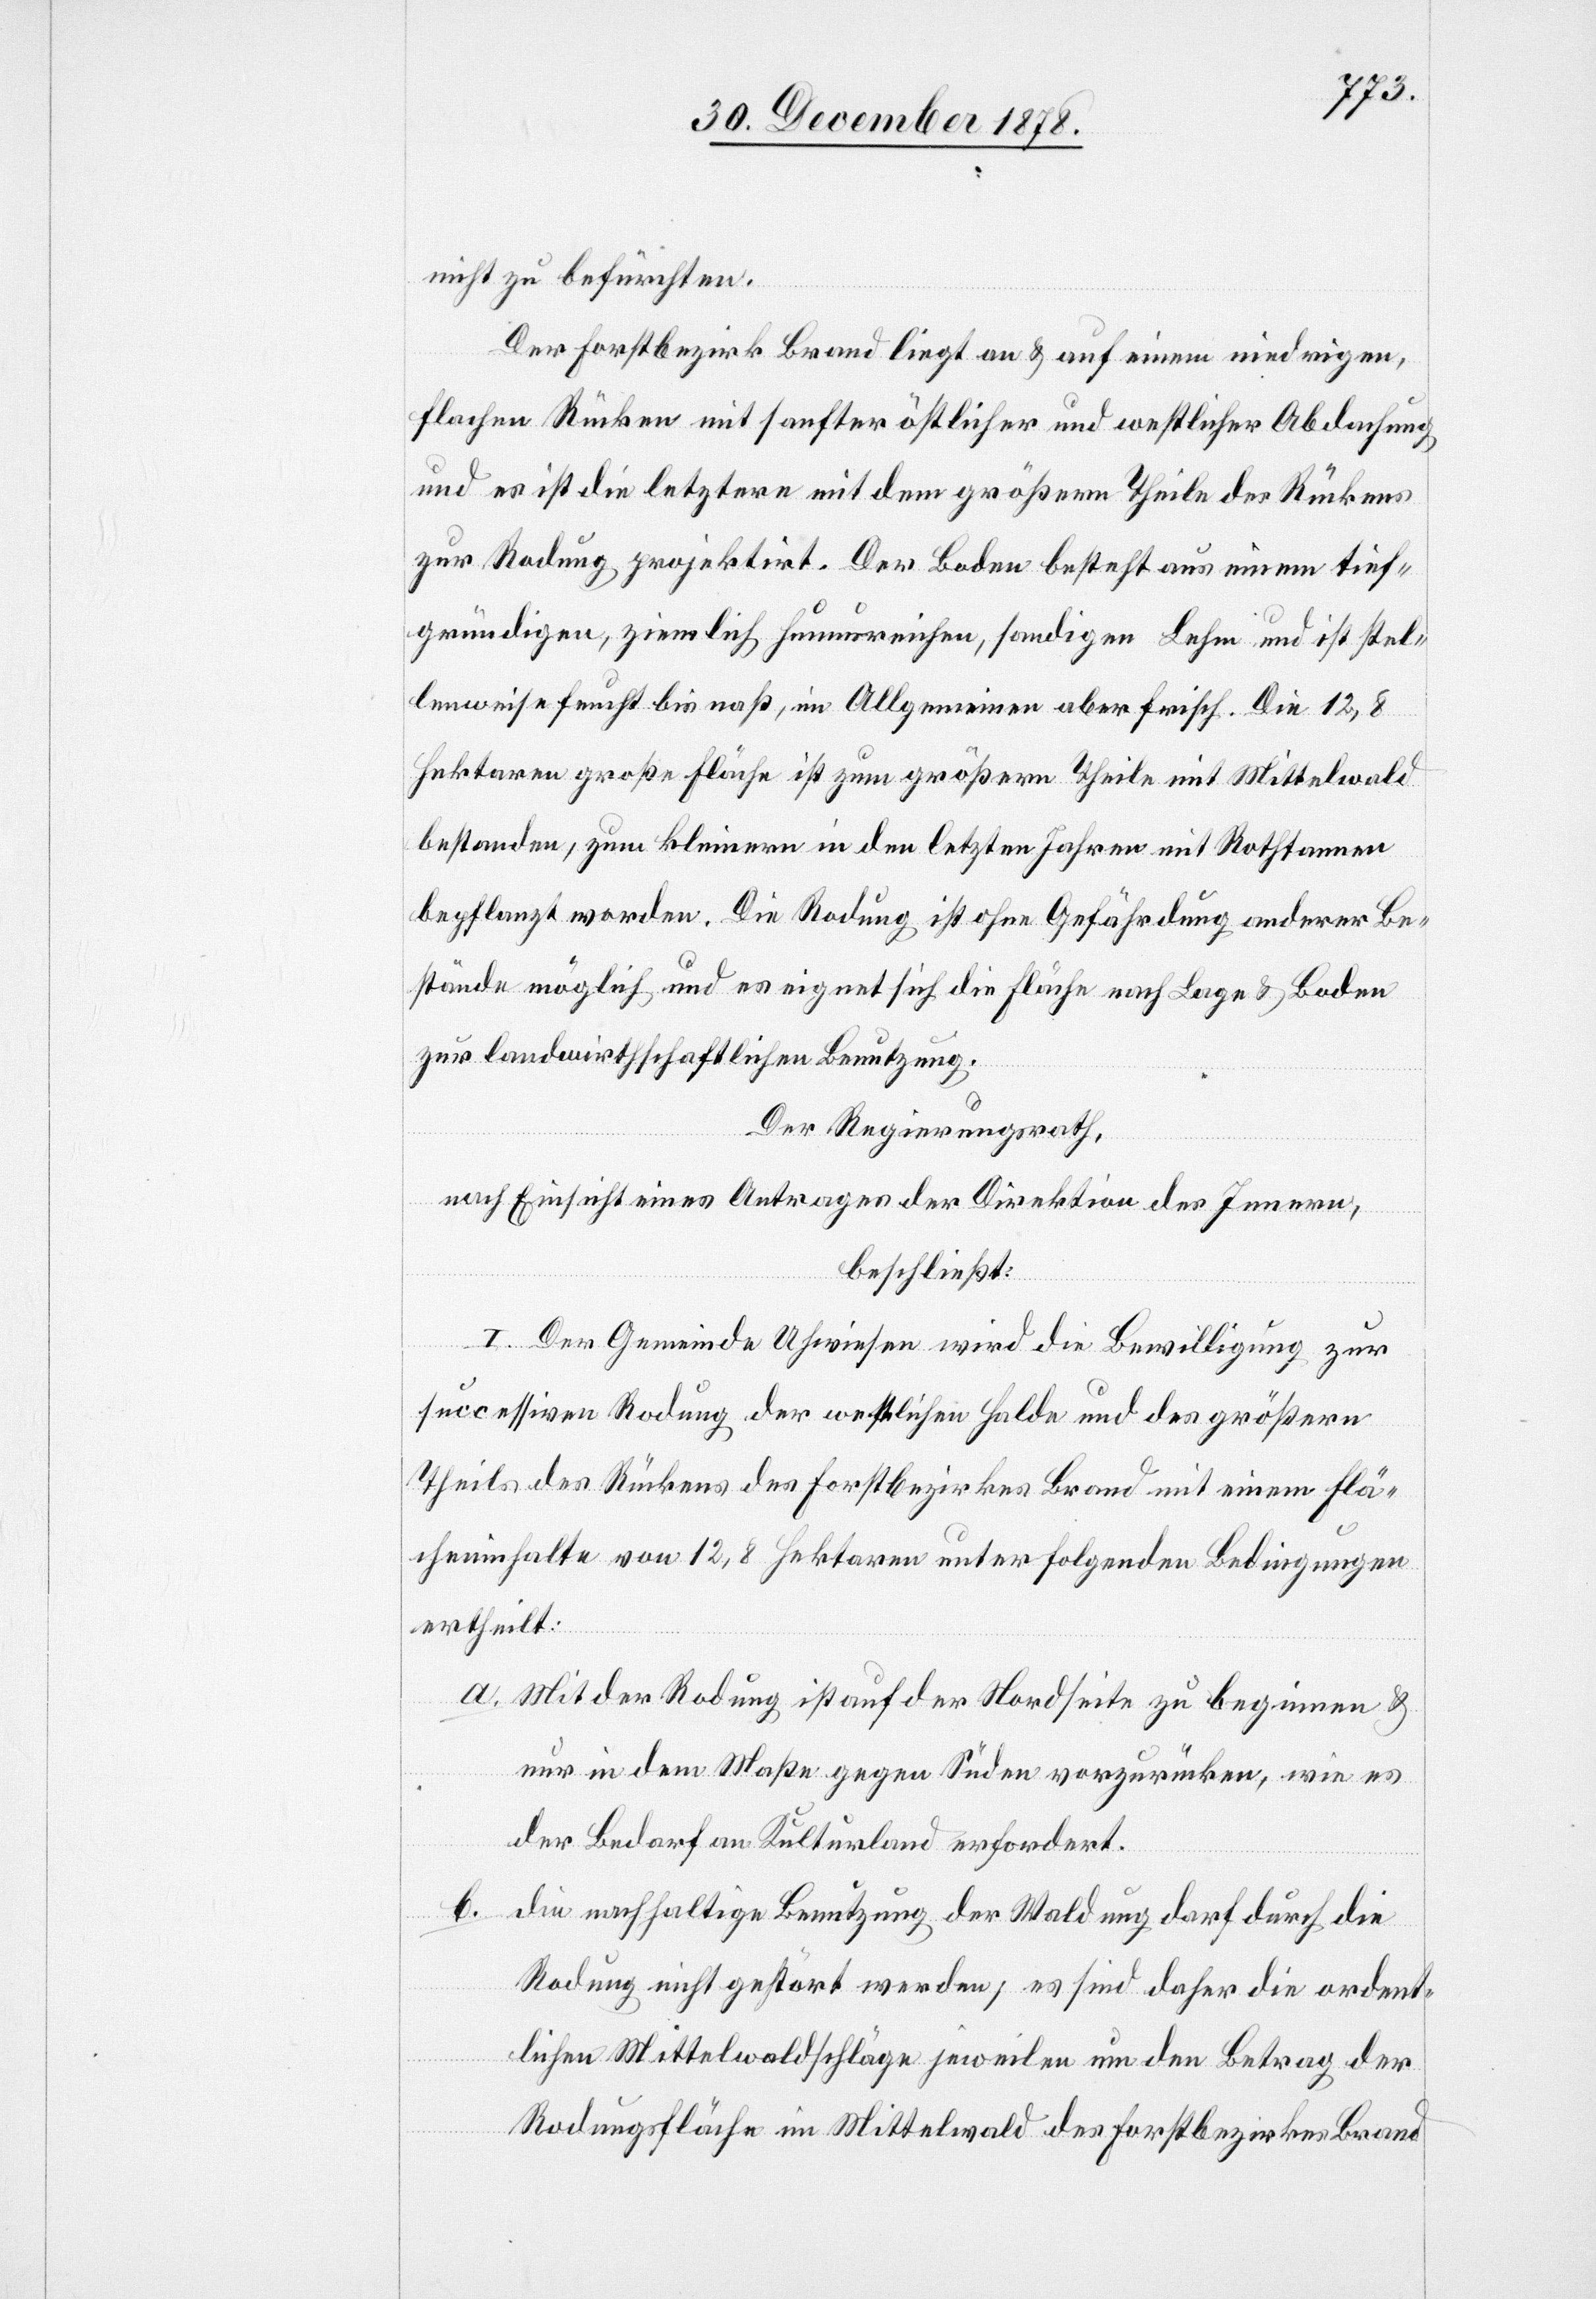
a.

nicht zu befürchten.
Der Forstbezirk Brand liegt an & auf einem niedrigen,
flachen Rücken mit sanfter östlicher und westlicher Abdachung
und es ist die letztere mit dem größern Theile des Rückens
zur Rodung projektirt. Der Boden besteht aus einem tief¬
gründigen, ziemlich humusreichen, sandigen Lehm und ist stel¬
lenweise feucht bis naß, im Allgemeinen aber frisch. Die 12,8
Hektaren große Fläche ist zum größern Theile mit Mittelwald
bestanden, zum kleinern in den letzten Jahren mit Rothtannen
bepflanzt worden. Die Rodung ist ohne Gefährdung anderer Be¬
stände möglich und es eignet sich die Fläche nach Lage & Boden
zur landwirthschaftlichen Benutzung.
Der Regierungsrath,
nach Einsicht eines Antrages der Direktion des Innern,
beschließt:
I. Der Gemeinde Uhwiesen wird die Bewilligung zur
successiven Rodung der westlichen Halde und des größern
Theils des Rückens des Forstbezirkes Brand mit einem Flä¬
cheninhalte von 12,8 Hektaren unter folgenden Bedingungen
ertheilt:
Mit der Rodung ist auf der Nordseite zu beginnen &
nur in dem Maße gegen Süden vorzurücken, wie es
der Bedarf an Kulturland erfordert.
b.
die nachhaltige Benutzung der Waldung darf durch die
Rodung nicht gestört werden; es sind daher die ordent¬
lichen Mittelwaldschläge jeweilen um den Betrag der
Rodungsfläche im Mittelwald der Forstbezirkes Brand